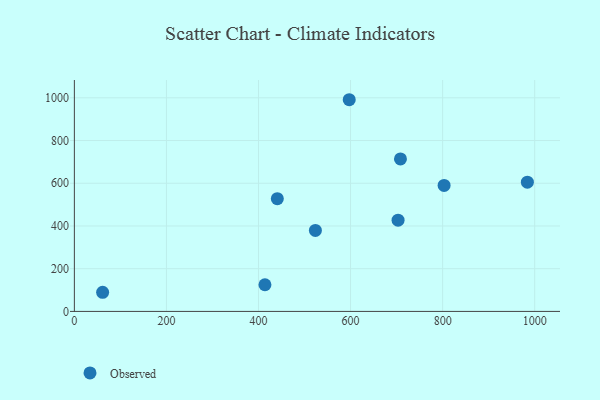
{"axis": {"x": "Investment", "y": "Salary"}, "legend": ["Observed"], "data": [{"x": "984.1", "y": 604.9, "type": "Observed"}, {"x": "703.2", "y": 427.3, "type": "Observed"}, {"x": "597.1", "y": 991.1, "type": "Observed"}, {"x": "61.4", "y": 89.6, "type": "Observed"}, {"x": "414.0", "y": 124.8, "type": "Observed"}, {"x": "803.2", "y": 589.8, "type": "Observed"}, {"x": "440.9", "y": 527.6, "type": "Observed"}, {"x": "523.6", "y": 379.4, "type": "Observed"}, {"x": "708.4", "y": 713.9, "type": "Observed"}]}